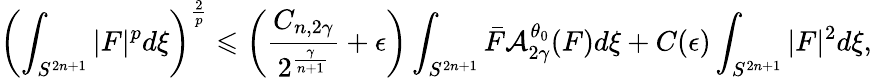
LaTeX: \left(\int_{S^{2n+1}}|F|^{p}d\xi\right)^{\frac{2}{p}}\leqslant\left(\frac{{C}_{n,2\gamma}}{2^{\frac{\gamma}{n+1}}}+\epsilon\right)\int_{S^{2n+1}}\bar{F}\mathcal{A}_{2\gamma}^{\theta_{0}}(F)d\xi+C(\epsilon)\int_{S^{2n+1}}|F|^{2}d\xi,